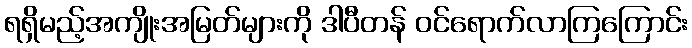
ရရှိမည့်အကျိုးအမြတ်များကို ဒါပီတန် ဝင်ရောက်လာကြကြောင်း